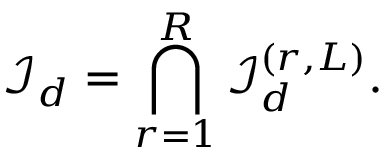
{ \mathcal { I } } _ { d } = \bigcap _ { r = 1 } ^ { R } { \mathcal { I } } _ { d } ^ { ( r , L ) } .